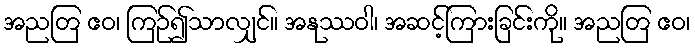
အညတြ ဧဝ၊ ကြဉ်၍သာလျှင်။ အနုဿဝါ၊ အဆင့်ကြားခြင်းကို။ အညတြ ဧဝ၊